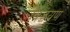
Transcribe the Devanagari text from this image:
विजय्रण